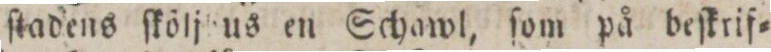
i ſtadens ſkölj us en Schawl, ſom på beſkrif=